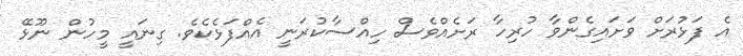
އެ ފަޅުރަށް ވަށައިގެންވާ ހުރިހާ ރަށެއްވެސް ހިއްސާކުރަނީ އެއްފަޅެކެވެ. ގިނައީ މީހުން ނޫޅޭ